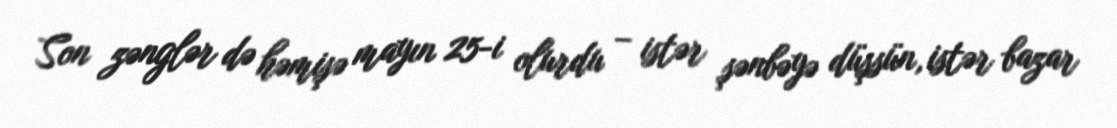
Son zənglər də həmişə mayın 25-i olurdu – istər şənbəyə düşsün, istər bazar